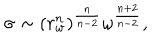
\sigma \sim ( r _ { w } ^ { n } ) ^ { \frac { n } { n - 2 } } \omega ^ { \frac { n + 2 } { n - 2 } } ,